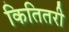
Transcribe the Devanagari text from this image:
कितितरी